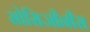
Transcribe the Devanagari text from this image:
सोसिजीनीस